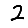
Digit: 2